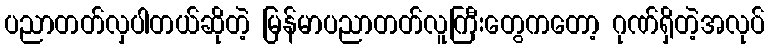
ပညာတတ်လှပါတယ်ဆိုတဲ့ မြန်မာပညာတတ်လူကြီးတွေကတော့ ဂုဏ်ရှိတဲ့အလုပ်